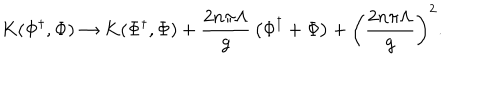
K ( \Phi ^ { \dagger } , \Phi ) \rightarrow K ( \Phi ^ { \dagger } , \Phi ) + { \frac { 2 n \pi \Lambda } { g } } \left( \Phi ^ { \dagger } + \Phi \right) + \left( { \frac { 2 n \pi \Lambda } { g } } \right) ^ { 2 } .